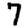
Digit: 7